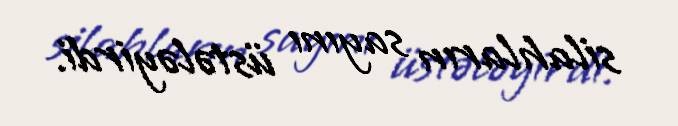
silahların sayını üstələyirdi.